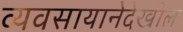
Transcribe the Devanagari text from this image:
व्यवसायानेदेखील